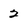
Character: 2